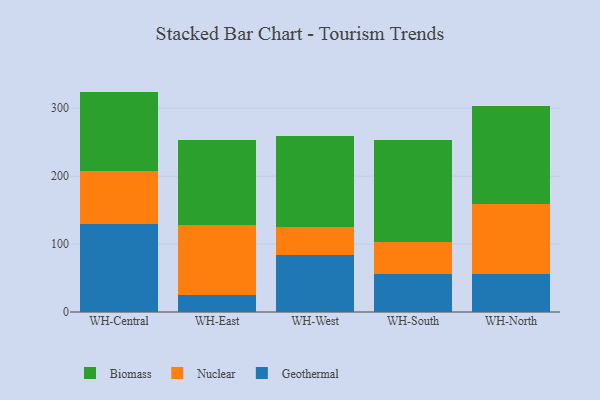
{"axis": {"x": "Warehouse", "y": "Page Views"}, "legend": ["Biomass", "Geothermal", "Nuclear"], "data": [{"x": "WH-Central", "y": 129.7, "type": "Geothermal"}, {"x": "WH-Central", "y": 77.2, "type": "Nuclear"}, {"x": "WH-Central", "y": 117.6, "type": "Biomass"}, {"x": "WH-East", "y": 25.4, "type": "Geothermal"}, {"x": "WH-East", "y": 102.7, "type": "Nuclear"}, {"x": "WH-East", "y": 124.9, "type": "Biomass"}, {"x": "WH-West", "y": 84.6, "type": "Geothermal"}, {"x": "WH-West", "y": 40.4, "type": "Nuclear"}, {"x": "WH-West", "y": 134.6, "type": "Biomass"}, {"x": "WH-South", "y": 55.8, "type": "Geothermal"}, {"x": "WH-South", "y": 47.7, "type": "Nuclear"}, {"x": "WH-South", "y": 149.5, "type": "Biomass"}, {"x": "WH-North", "y": 56.6, "type": "Geothermal"}, {"x": "WH-North", "y": 102.9, "type": "Nuclear"}, {"x": "WH-North", "y": 143.8, "type": "Biomass"}]}